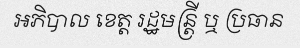
អភិបាល ខេត្ត រដ្ឋមន្ត្រី ឬ ប្រធាន